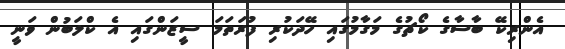
އެންރިކޭ ބާސާގެ ކޯޗުގެ މަގާމުގައި ހޭދަކުރި ފުރަތަމަ ސީޒަންގައި އެ ކްލަބުން ވަނީ